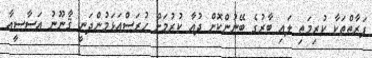
ފަރާތްތަކާ ކުރިމަތި ލައި ބާރުގެ ބޭނުންކޮށް ދުޢާ ކުރުމަށް ހުރަސްއަޅަމުންދަނީ ޤާނޫނު އަސާސީއާ